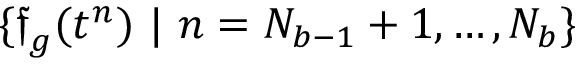
\{ \boldsymbol { \mathfrak { f } } _ { g } ( t ^ { n } ) \ | \ n = N _ { b - 1 } + 1 , \ldots , N _ { b } \}